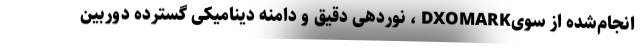
انجام‌شده از سویDXOMARK ، نوردهی دقیق و دامنه دینامیکی گسترده دوربین